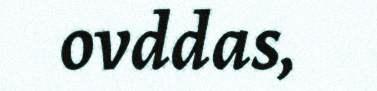
ovddas,